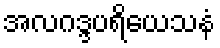
အလဂဒ္ဒပရိယေသနံ